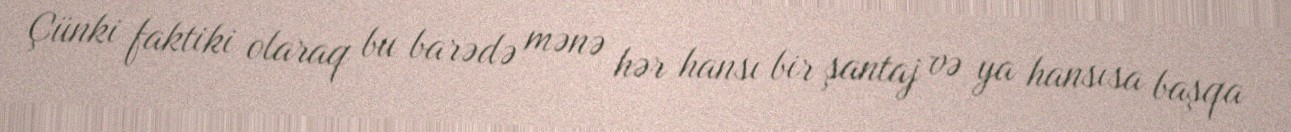
Çünki faktiki olaraq bu barədə mənə hər hansı bir şantaj və ya hansısa başqa